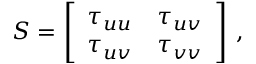
\ensuremath { \boldsymbol { S } } = \left[ \begin{array} { l l } { \tau _ { u u } } & { \tau _ { u v } } \\ { \tau _ { u v } } & { \tau _ { v v } } \end{array} \right] \, ,